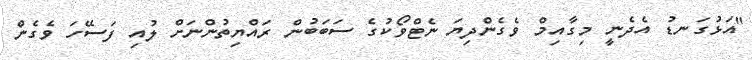
"އަޅުގަނޑު އެދެނީ މިގާއިމް ވެގެންދިޔަ ނެޓްވޯކުގެ ސަބަބުން ރައްޔިތުންނަށް ލުއި ފަސޭހަ ވެގެން